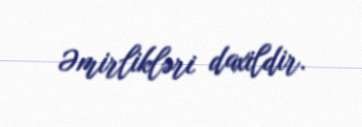
Əmirlikləri daxildir.